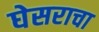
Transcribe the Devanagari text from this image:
घेसराचा